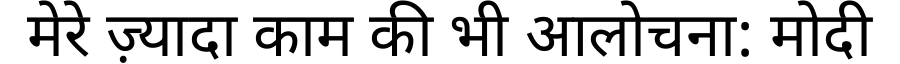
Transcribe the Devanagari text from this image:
मेरे ज़्यादा काम की भी आलोचना: मोदी